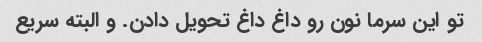
تو این سرما نون رو داغ داغ تحویل دادن. و البته سریع